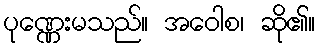
ပုဏ္ဏေးမသည်။ အဝေါစ၊ ဆို၏။